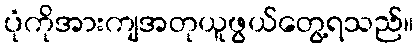
ပုံကိုအားကျအတုယူဖွယ်တွေ့ရသည်။